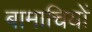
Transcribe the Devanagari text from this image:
बामाचियों